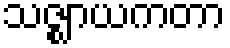
သဇ္ဈာယကတာ